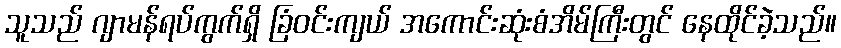
သူသည် ဂျာမန်ရပ်ကွက်ရှိ ခြံဝင်းကျယ် အကောင်းဆုံးစံအိမ်ကြီးတွင် နေထိုင်ခဲ့သည်။